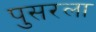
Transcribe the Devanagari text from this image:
पुसरला